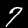
Digit: 7